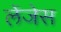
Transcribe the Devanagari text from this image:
लेंजेस